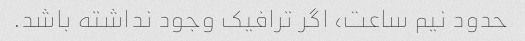
حدود نیم ساعت، اگر ترافیک وجود نداشته باشد.